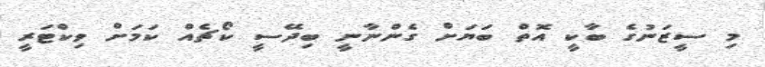
މި ސީޒަނުގެ ބާކީ އޮތް ބަޔަށް ގެންނާނީ ބިދޭސީ ކޯޗެއް ކަމަށް ވިކްޓަރީ